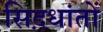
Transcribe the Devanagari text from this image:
सिद़धांतों